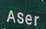
aser